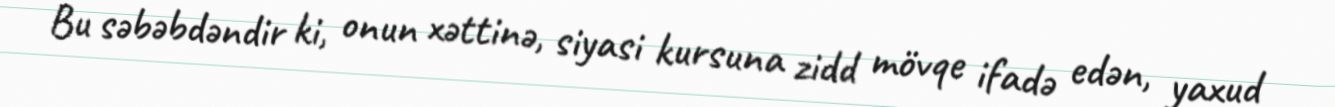
Bu səbəbdəndir ki, onun xəttinə, siyasi kursuna zidd mövqe ifadə edən, yaxud